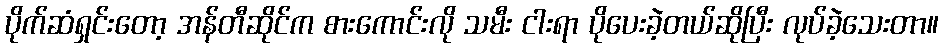
ပိုက်ဆံရှင်းတော့ အန်တီဆိုင်က စားကောင်းလို သမီး ငါးရာ ပိုပေးခဲ့တယ်ဆိုပြီး လုပ်ခဲ့သေးတာ။